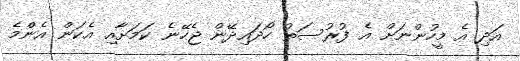
އަދި އެ މީހުންނަށް އެ ފުރުސަތު ހޯދައިދޭން ޖެހޭނެ ކަމަށާއި އެކަން އެންމެ